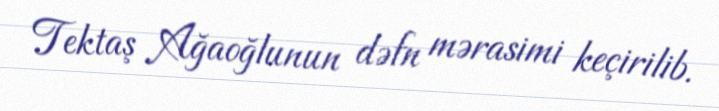
Tektaş Ağaoğlunun dəfn mərasimi keçirilib.